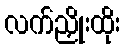
လက်ညှိုးထိုး